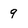
Character: 9